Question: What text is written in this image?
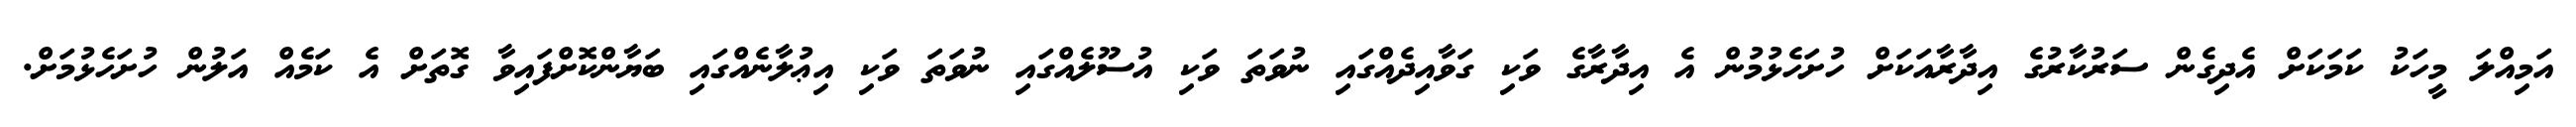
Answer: އަމިއްލަ މީހަކު ކަމަކަށް އެދިގެން ސަރުކާރުގެ އިދާރާއަކަށް ހުށަހެޅުމުން އެ އިދާރާގެ ވަކި ގަވާއިދެއްގައި ނުވަތަ ވަކި އުސޫލެއްގައި ނުވަތަ ވަކި އިޢުލާނެއްގައި ބަޔާންކޮށްފައިވާ ގޮތަށް އެ ކަމެއް އަލުން ހުށަހެޅުމަށް.